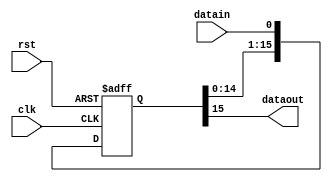
//Length and output configurable shift register
module SRX #(parameter reg_width = 16,
parameter out_width = 1)
(
   input clk,
   input rst,
   input datain,
   output [reg_width-1:reg_width-out_width] dataout
);


reg [reg_width-1:0] shift_reg;
integer i;

always @ (posedge clk or posedge rst) begin
   if (rst) begin
      for(i=0; i < reg_width; i=i+1) begin
         shift_reg[i] = 1'b0;
      end
   end
   else begin
      shift_reg <= {shift_reg[reg_width-2:0],datain};
   end
end

assign dataout = shift_reg[reg_width-1:reg_width-out_width];

endmodule

//3-bit delay shift register
//Actually 4-bits long but 3rd bit is the std out
//can output 2 bits if needed
module SR3 (
   input        clk,
   input        rst,
   input        datain,
   output [1:0] dataout
);

reg [3:0] shift_reg;

assign dataout = shift_reg[3:2];

always @ (posedge clk or posedge rst) begin
   if (rst) begin
      shift_reg <= 4'h0;
   end
   else begin
      shift_reg <= {shift_reg[2:0],datain};
   end
end

endmodule

//16-bit shift reg, parameterized to channel
module SR16 (
   input  clk,
   input  rst,
   input  [1:0] datain,
   input  [1:0] ctrl,
   output valid,
   output [15:0] dataout
);

parameter channel = 4'h0;

reg [16:0] shift_reg;
reg [ 3:0] shift_count;
reg        valid_i, shift_mux;
reg [15:0] mux_data;

//Output Mux for bit slipping
always @(*) begin 
   if(shift_mux == 1'b1) begin
      mux_data = shift_reg[16:1];
   end
   else begin
      mux_data = shift_reg[15:0];
   end
end

//Shift Register
always @ (posedge clk or posedge rst) begin
   if (rst) begin
      shift_reg   <= 17'h00000;
      shift_count <= channel;
      valid_i     <= 1'b0;
      shift_mux   <= 1'b0;
   end
   else begin
      if (ctrl == 2'b01) begin
         shift_reg   <= {shift_reg[15:0], datain[0]};
         if (shift_count == 4'hf) begin 
            shift_count <= 4'h0;
            valid_i     <= 1'b1;
            shift_mux   <= 1'b0;
         end
         else  begin
            shift_count <= shift_count + 1;
            shift_mux   <= 1'b0;
            valid_i     <= 1'b0;
         end
      end
      else if (ctrl == 2'b11) begin
         shift_reg   <= {shift_reg[14:0], datain[1], datain[0]}; 
         if (shift_count == 4'hf) begin
            shift_count <= 4'h1;
            valid_i     <= 1'b1;
            shift_mux   <= 1'b1;
         end
         else if (shift_count == 4'he) begin
            shift_count <= 4'h0;
            valid_i     <= 1'b1;
            shift_mux   <= 1'b0;
         end
         else begin
            shift_count <= shift_count + 2;
            shift_mux   <= 1'b0; 
            valid_i     <= 1'b0;
         end
      end
      else begin
         shift_reg   <= shift_reg;
         shift_mux   <= shift_mux;
         shift_count <= shift_count;
         valid_i     <= 1'b0;
      end
   end
end

assign valid   = valid_i;
assign dataout = mux_data;

endmodule